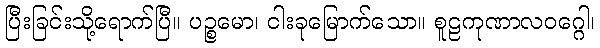
ပြီးခြင်းသို့ရောက်ပြီ။ ပဉ္စမော၊ ငါးခုမြောက်သော။ စူဠကုဏာလဝဂ္ဂေါ၊